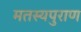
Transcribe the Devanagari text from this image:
मतस्यपुराण